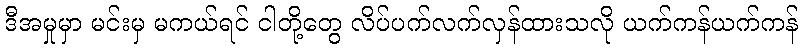
ဒီအမှုမှာ မင်းမှ မကယ်ရင် ငါတို့တွေ လိပ်ပက်လက်လှန်ထားသလို ယက်ကန်ယက်ကန်